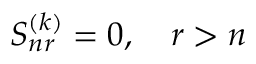
S _ { n r } ^ { ( k ) } = 0 , \quad r > n